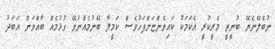
ނުބެލޭނެޔޭ ބުނީތީ މެރީކުރީ އެކަމަކު ކައިވެންޏަށްފަހުވެސް ކަމީލާ ބޭނުމެއްނުވޭ ގުޅުމެއް ބާއްވަން އަބަދު